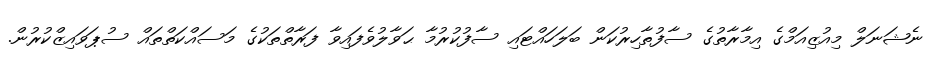
ނެޝަނަލް މިއުޒިއަމްގެ އިމާރާތުގެ ސާފުތާހިރުކަން ބަލަހައްޓައި ސާފުކުރުމާ ޙަވާލުވެފައިވާ ފަރާތްތަކުގެ މަސައްކަތްތައް ސުޕަވައިޒްކުރުން.